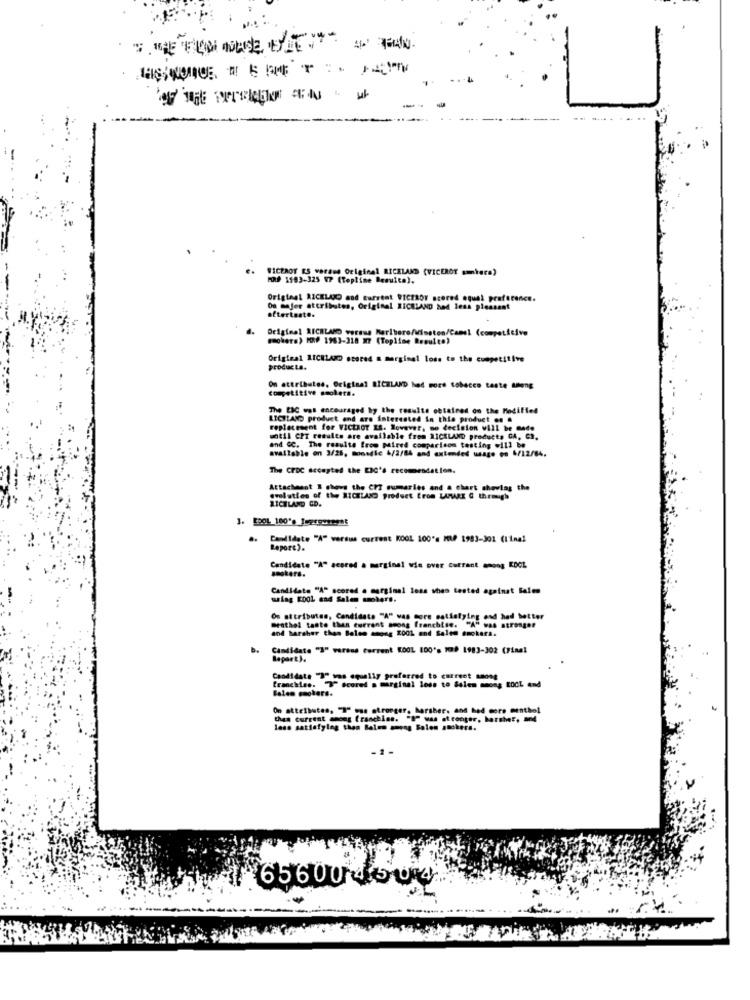
SİCPROT ES waraus Original RICKLAND (VICEROT amtera)
MORP 1503-325 97 (Topline Besuite).
Original RICKLUO and Current WICZAOY scored oqual preference.
On majer attributes, Original RICHLAND had less pleasant
aftertaste.
Original SICHLARD wermus Marlboro/Winston/Camel (competitive
gooiers) HOP 1963-318 X7 (Topline Resulte)
Original RICHLAND scored & marginal loss to the competitive
producta.
On attributes. Original RICHLAND had more tobacco taste along
competitive smokers.
The EXC was encouraged by the results obtained on the Modified
LICHLAND product and are interested in this product on .
replacement for VICEROT IS. However, mo decision will be Gade
until CPT results are available from NICKLAND products GA, C),
available on 3/25, monadic 6/2/84 and extended usage en 6/12/84.
and &C. The results from paired comparison testing will be
The CFDC accepted the EIC's recommendation.
Attachment E shows the CPT summaries and a chart showing the
evolution of the RICHLAND predset Erom LIVRE C through
LICHLAND CD.
..
Candidate "A" versus current KOOL 100's MAP 1983-301 (1'inal
Report).
Candidate "A" scored a marginal wie over Currant among KDOL
sosters.
Candidate "A" scored a marginal less shen tested against Sales
malag Kool and Salen amotore.
On attributes, Candidate "A" was more satisfying ond had better
menthol tante than current seong franchise. "A" was stronger
and harsher than Balen among 2001 and Salem smokers.
Candidate "3" varand Current KOOL 100's 10) 1983-302 (Final
Raport).
Caodidate "3" was equally preferred to current saone
Salem cookers.
franchies. "7" scored . marginal loss to Salen moong LOCL and
On attributen, "I" was stronger, harsher. and had core menthol
thas current smoes franchise. "I" was stronger, harsher, and
lass satisfying then Balen among Solon smokers.
6560046 04